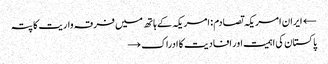
← ایران امریکہ تصادم : امریکہ کے ہاتھ میں فرقہ واریت کا پتہ
پاکستان کی اہمیت اور افادیت کا ادراک →